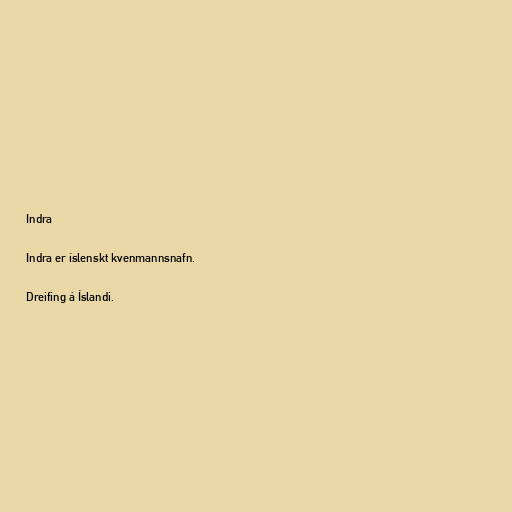
Indra

Indra er íslenskt kvenmannsnafn.

Dreifing á Íslandi.